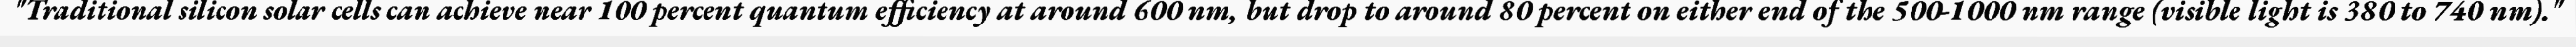
"Traditional silicon solar cells can achieve near 100 percent quantum efficiency at around 600 nm, but drop to around 80 percent on either end of the 500-1000 nm range (visible light is 380 to 740 nm)."